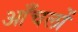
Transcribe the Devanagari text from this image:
आँचलों